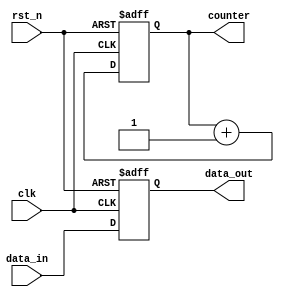
module example_sequential_logic (
    input wire clk,           // Clock input
    input wire rst_n,        // Active low reset input
    input wire [7:0] data_in, // 8-bit input data
    output reg [7:0] data_out, // 8-bit output data
    output reg [3:0] counter   // 4-bit counter
);

// Sequential logic block triggered on the rising edge of the clock
always @(posedge clk or negedge rst_n) begin
    if (!rst_n) begin
        // Reset condition
        data_out <= 8'b0;  // Clear output data
        counter <= 4'b0;    // Reset counter
    end else begin
        // Update logic on the positive edge of the clock
        data_out <= data_in; // Assign input data to output
        counter <= counter + 1; // Increment counter
    end
end

endmodule